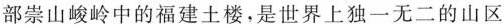
部崇山峻岭中的福建土楼，是世界上独一无二的山区